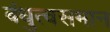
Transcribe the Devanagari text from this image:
बंधुत्वसमान